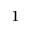
^ { 1 }